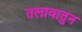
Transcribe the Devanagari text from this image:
तलावातुन